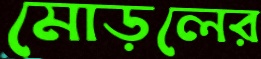
মোড়লের